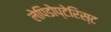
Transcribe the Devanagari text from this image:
लेपिडोप्टेरिस्ट